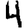
Digit: 4